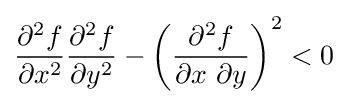
{\frac {\partial ^{2}f}{\partial x^{2}}}{\frac {\partial ^{2}f}{\partial y^{2}}}-\left({\frac {\partial ^{2}f}{\partial x~\partial y}}\right)^{2}<0